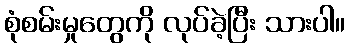
စုံစမ်းမှုတွေကို လုပ်ခဲ့ပြီး သားပါ။